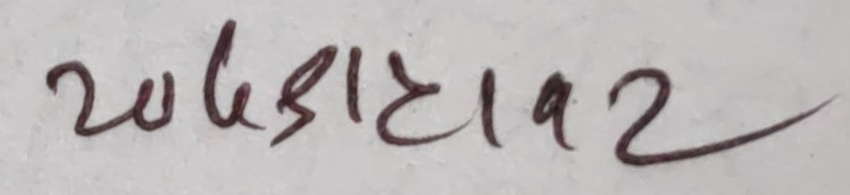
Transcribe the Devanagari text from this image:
२७५१८१९२